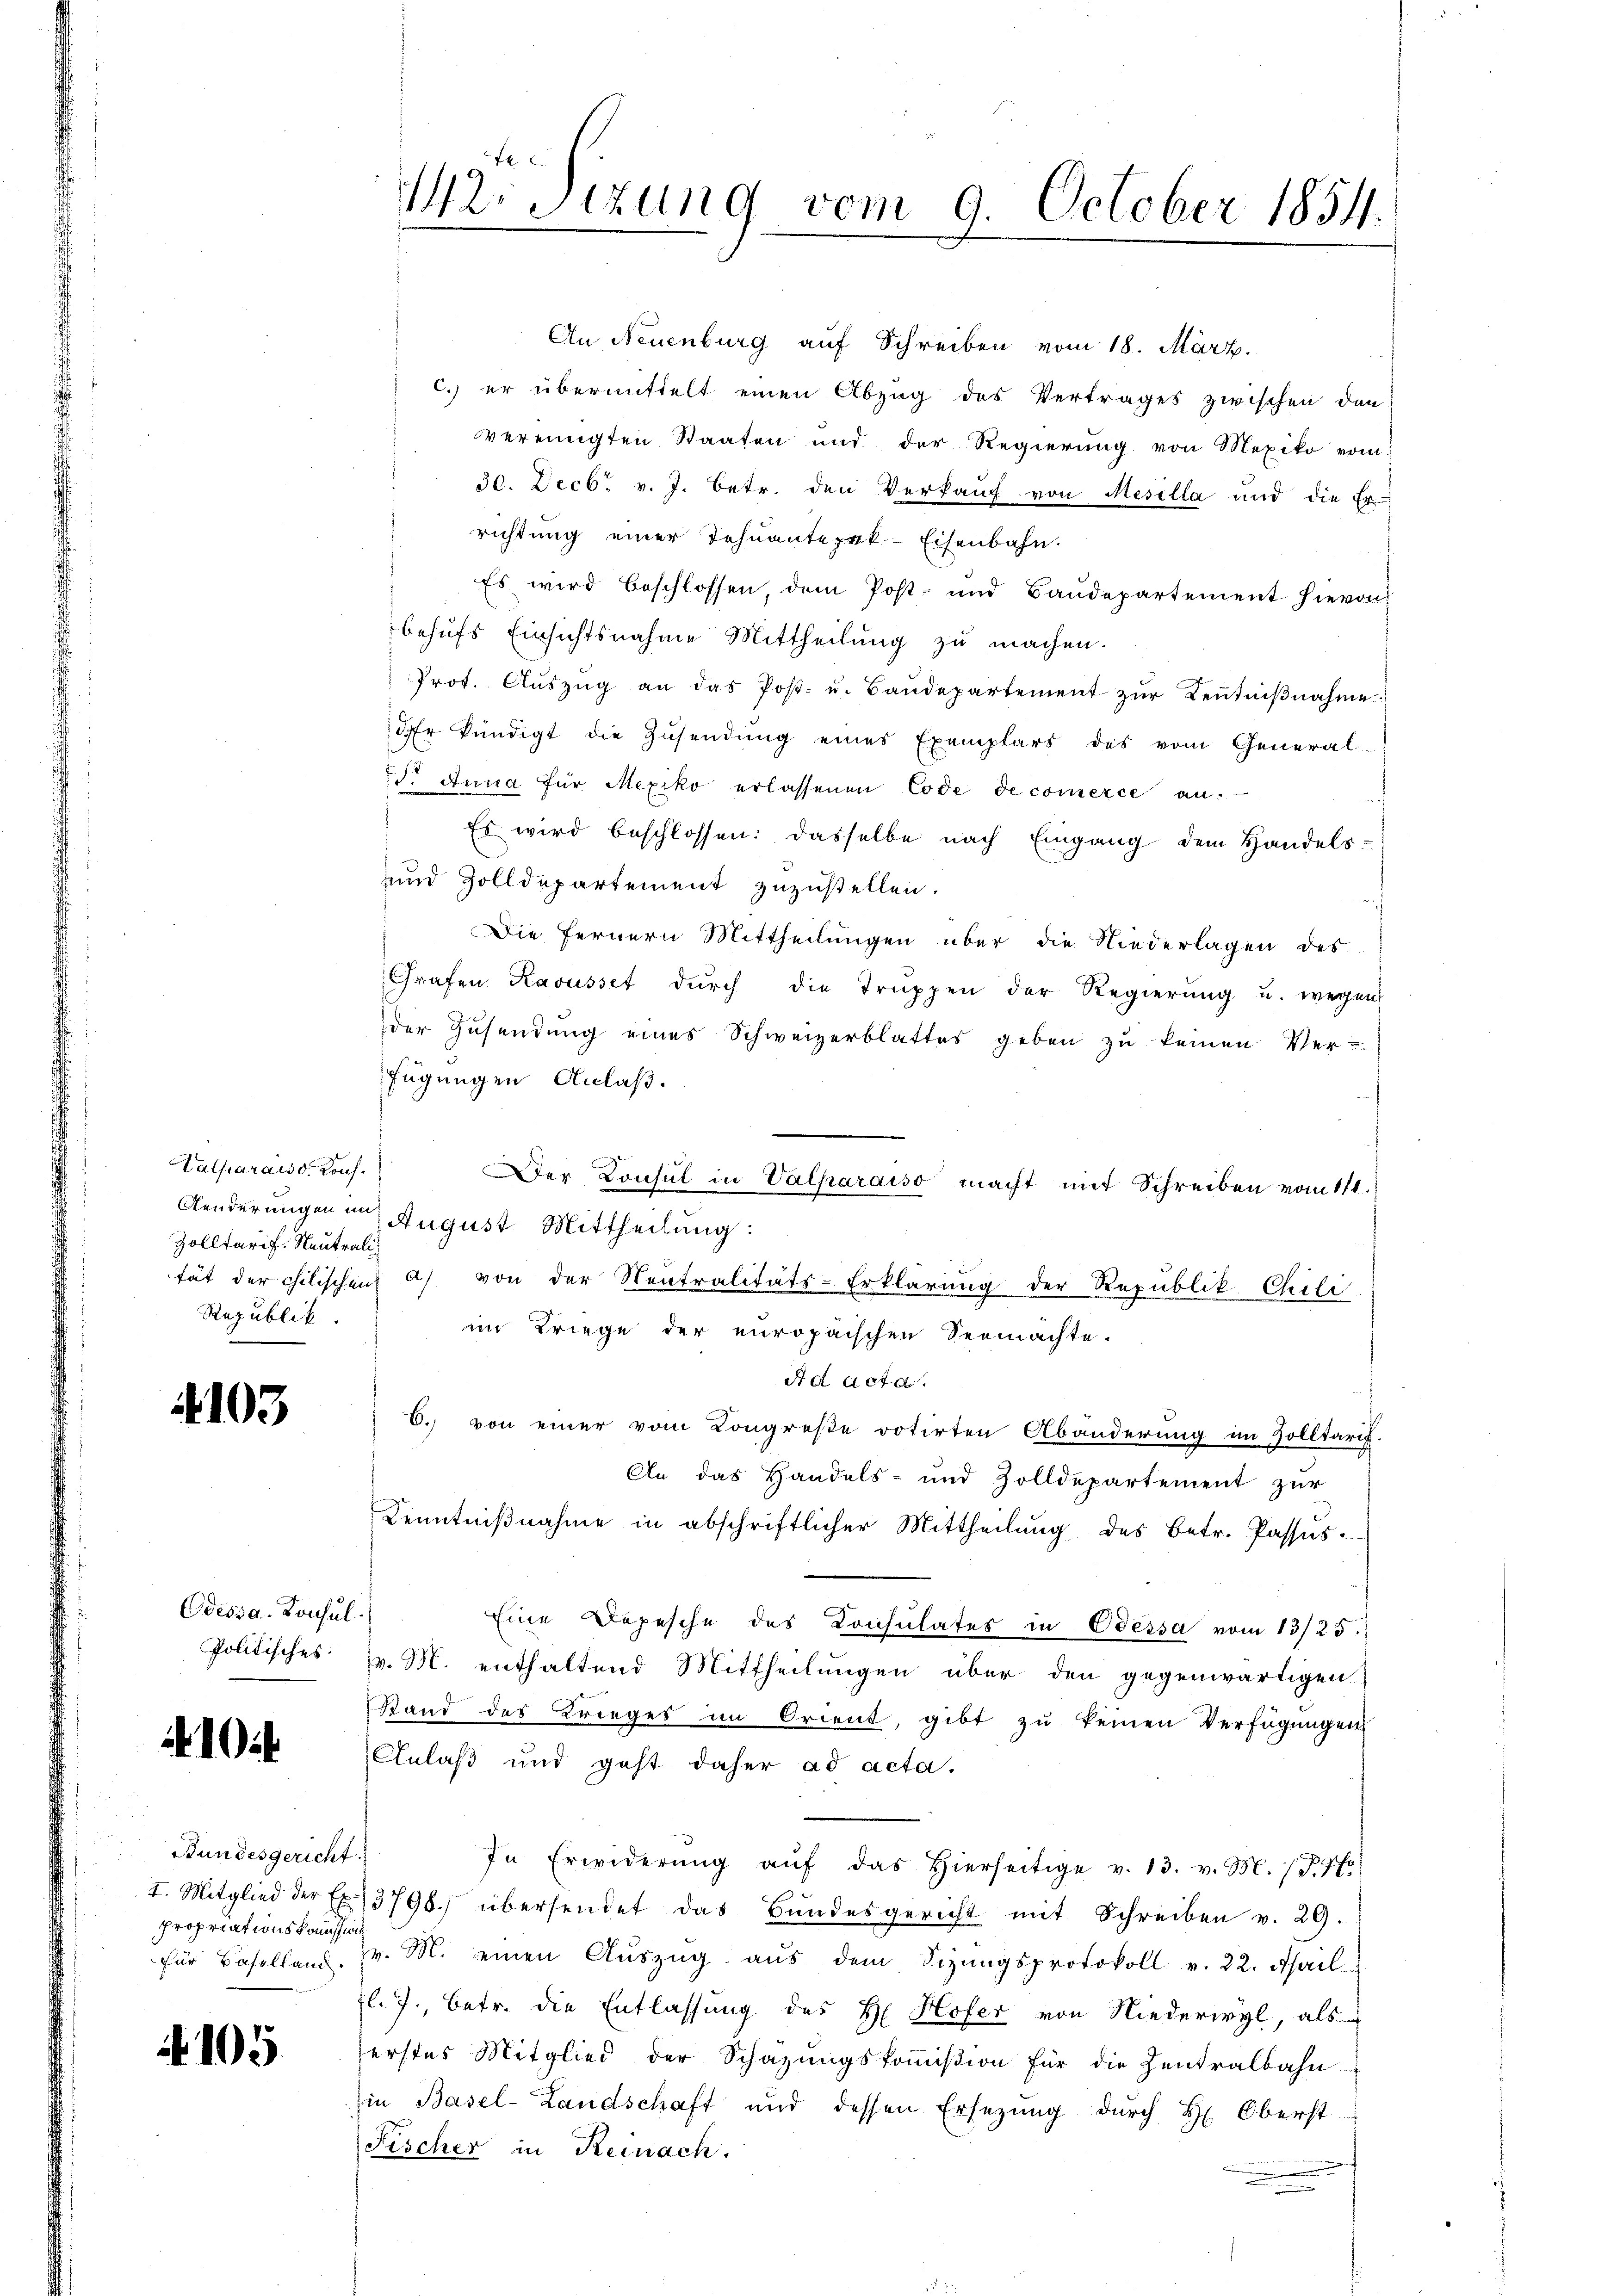
Valparaiss. Kons.
Zolltarif Neutrali
Republik

103

Odessa. Konsul
Politisches:

10

Bundesgericht
I. Mitglied der Ex
propriationskommission
für Baselland.

105

142. Sitzung vom 9. October 1854.

Der Consul in Valparaiso macht mit Schreiben vom 111.

An Neuenburg auf Schreiben vom 18. März.
c. er übermittelt einen Abzug des Vertrages zwischen den
vereinigten Staaten und der Regierŭng von Mexiko vom
30. Decbr. v. J. betr. den Verkaŭf von Mesella und die Er
richtung einer Tehnantepek-Eisenbahn.
Es wird beschlossen, dem Post- und Baudepartement hievon
behufs Einsichtsnahme Mittheilung zu machen.
 Prot. Aŭszŭg an das Post- u. Baŭdepartement zŭr Keṅtniβnahme
r kündigt die Zusendung eines Exemplars des vom General-
d. Anna für Mexiko erlassenen Code de comerce an.
Es wird beschlossen: dasselbe nach Eingang dem Handels:
und Zolldepartement zuzustellen.
Die fernern Mittheilungen über die Niederlagen des
Grafen Ravusset dŭrch die Truppen der Regierŭng u. wegen
der Zusendung eines Schweizerblattes geben zu keinen Ver-
fügungen Anlaß.
Aenderungen an August Mittheilung:
tät der chilischen a) von der Neutralitäts-Erklärung der Republik Chili
im Kriege der europäischen Seemachte.
Ad Act d
C. von einer vom Congreße votirten Abänderung im Solltarif.
An das Handels- und Zolldepartement zŭr
Kenntniβnahme in abschriftlicher Mittheilŭng des betr. Passus.
Eine Depesche des Consulates in Odessa vom 13/25.
v. M. enthaltend Mittheilungen über den gegenwärtigen
Stand des Krieges im Orient, gibt zŭ keinen Verfügŭngen
Anlaß und geht daher ad acta.
d
In Erwiderŭng aŭf das hierseitige v. 13. v. M. (T. K.
13798 übersendet das Bundesgericht mit Schreiben v. 29.
r. M. einen Auszug aus dem Sizungsprotokoll v. 22. April.
l. J., betr. die Entlassung des H. Hofer von Niederwyl, als
erstes Mitglied der Schazungskoṁission für die Zentralbahn
in Basel-Landschaft und dessen Ersezung dŭrch H. Oberst-
Fischer in Reinach.
.